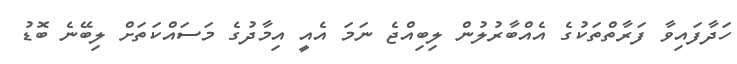
ހަދާފައިވާ ފަރާތްތަކުގެ އެއްބާރުލުން ލިބިއްޖެ ނަމަ އެއީ އިމާދުގެ މަސައްކަތަށް ލިބޭނެ ބޮޑު